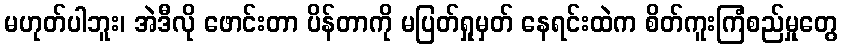
မဟုတ်ပါဘူး၊ အဲဒီလို ဖောင်းတာ ပိန်တာကို မပြတ်ရှုမှတ် နေရင်းထဲက စိတ်ကူးကြံစည်မှုတွေ